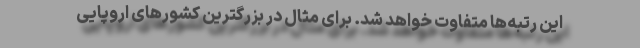
این رتبه‌ها متفاوت خواهد شد. برای مثال در بزرگترین کشورهای اروپایی